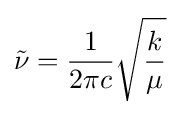
{\tilde {\nu }}={\frac {1}{2\pi c}}{\sqrt {\frac {k}{\mu }}}